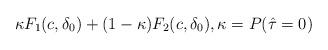
LaTeX: \begin{align*}\kappa F_{1}(c,\delta_0) + (1-\kappa)F_{2}(c,\delta_0),\kappa=P(\hat\tau=0)\end{align*}